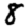
Digit: 8